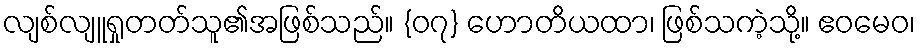
လျစ်လျူရှုတတ်သူ၏အဖြစ်သည်။ {၀၇} ဟောတိယထာ၊ ဖြစ်သကဲ့သို့။ ဧဝမေဝ၊